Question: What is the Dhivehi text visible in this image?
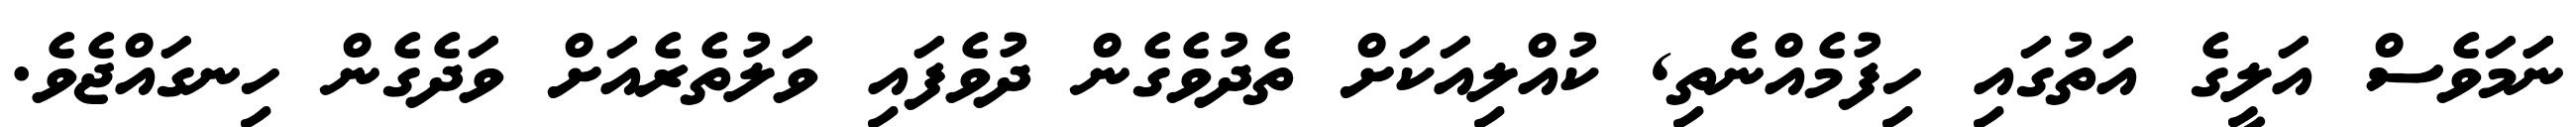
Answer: ނަަމަވެސް އަލީގެ އަތުގައި ހިފުމެއްނެތި, ކުއްލިއަކަށް ތެދުވެގެން ދުވެފައި ވަލުތެރެއަށް ވަދެގެން ހިނގައްޖެވެ.